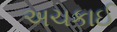
અચકાઈ